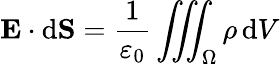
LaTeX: \mathbf{E}\cdot\mathrm{d}\mathbf{S}={\frac{1}{\varepsilon_{0}}}\iiint_{\Omega}\rho\, \mathrm{d}V